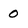
Character: 0